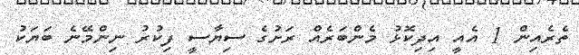
ތެރެއިން 1 އެއީ އިދިކޮޅު މެންބަރެއް ރަށުގެ ސިޔާސީ ފިކުރު ނިންމޭނެ ބަޔަކު